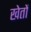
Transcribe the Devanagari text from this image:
खेताें